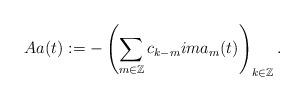
LaTeX: \begin{align*}Aa(t):=-\left(\sum_{m\in\mathbb{Z}}c_{k-m}ima_m(t)\right)_{k\in\mathbb{Z}}.\end{align*}